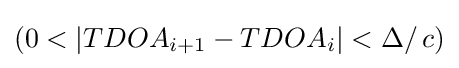
(0<|TDOA_{i+1}-TDOA_{i}|<\Delta /\,c)